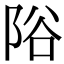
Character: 䧍